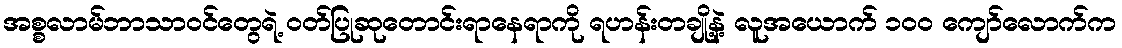
အစ္စလာမ်ဘာသာဝင်တွေရဲ့ ဝတ်ပြုဆုတောင်းရာနေရာကို ရဟန်းတချို့နဲ့ လူအယောက် ၁၀၀ ကျော်လောက်က